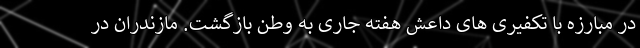
در مبارزه با تکفیری های داعش هفته جاری به وطن بازگشت. مازندران در